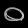
Digit: ၀